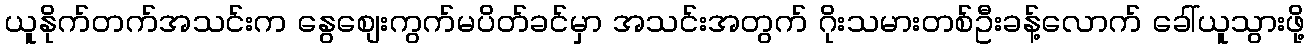
ယူနိုက်တက်အသင်းက နွေစျေးကွက်မပိတ်ခင်မှာ အသင်းအတွက် ဂိုးသမားတစ်ဦးခန့်လောက် ခေါ်ယူသွားဖို့